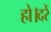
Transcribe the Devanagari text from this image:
हो।दरें